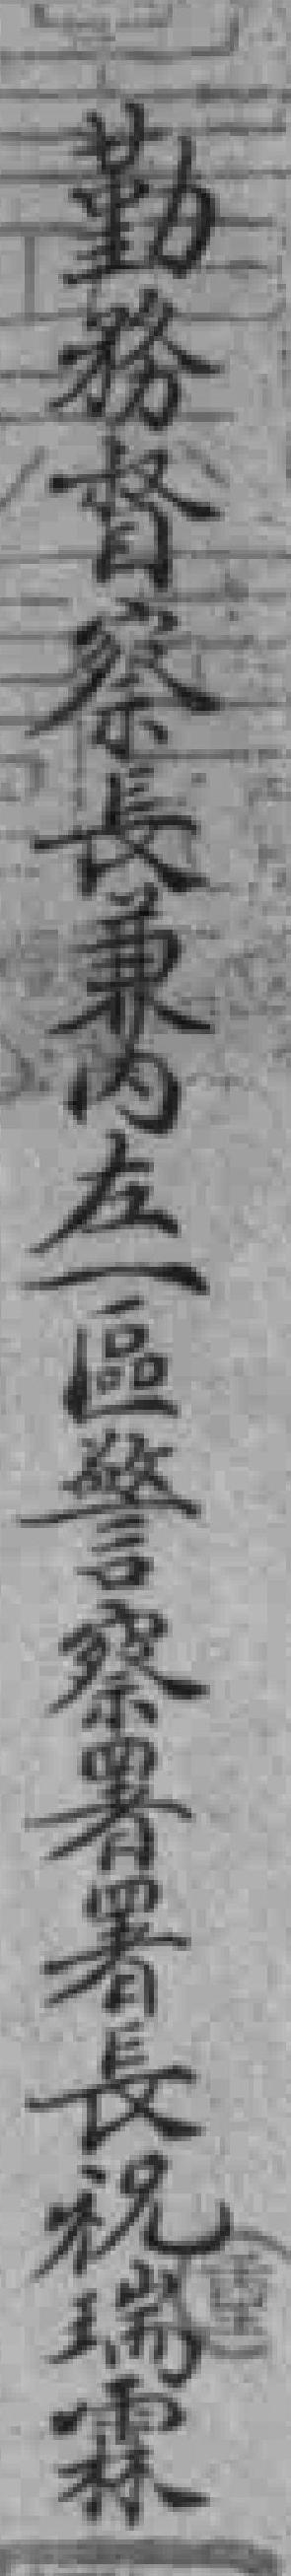
勤務督察長兼内左一區警察署署長祝瑞霖